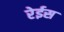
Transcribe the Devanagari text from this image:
रेईस